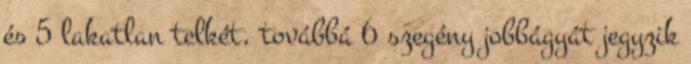
és 5 lakatlan telkét, továbbá 6 szegény jobbágyát jegyzik